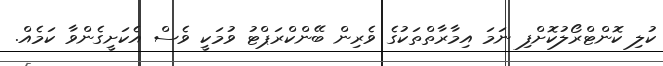
ކުލި ކޮންޓްރޯލުކޮށްފި ނަމަ އިމާރާތްތަކުގެ ވެރިން ބޭންކްރަޕްޓު ވުމަކީ ވެސް އެކަށީގެންވާ ކަމެއް.